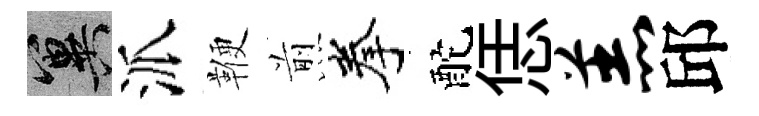
冀派鞭煎拳酡恁羔邱